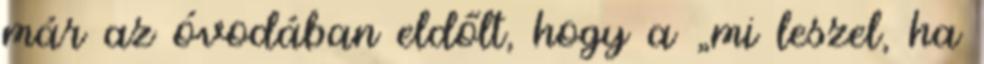
már az óvodában eldőlt, hogy a „mi leszel, ha